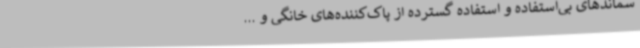
سماندهای بی‌استفاده و استفاده گسترده از پاک‌کننده‌های خانگی و ...